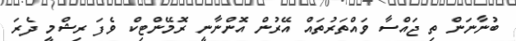
ބުނާނަން ތި ޖައްސާ ވައްތަރުތައް އޭރުން އޮންނާނީ ރޮމޭންޓިކް ވެފަ ރިޝްމީ ދެރަ